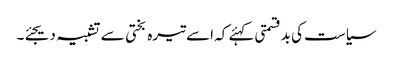
سیاست کی بدقسمتی کہئے کہ اسے تیرہ بختی سے تشبیہ دیجئے۔